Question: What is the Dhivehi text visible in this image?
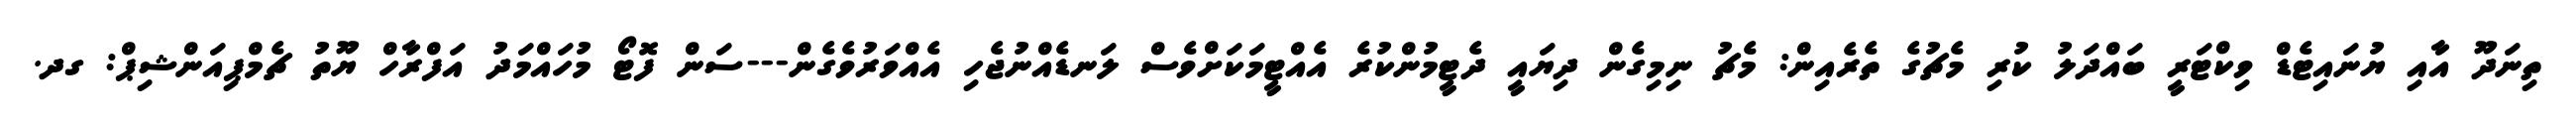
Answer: ތިނަދޫ އާއި ޔުނައިޓެޑް ވިކްޓަރީ ބައްދަލު ކުރި މެޗުގެ ތެރެއިން: މެޗު ނިމިގެން ދިޔައީ ދެޓީމުންކުރެ އެއްޓީމަކަށްވެސް ލަނޑެއްނުޖެހި އެއްވަރުވެގެން---ސަން ފޮޓޯ މުހައްމަދު އަފްރާހް ޔޫތު ޗެމްޕިއަންޝިޕް: ގދ.